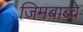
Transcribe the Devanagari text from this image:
जिमबाब्वे